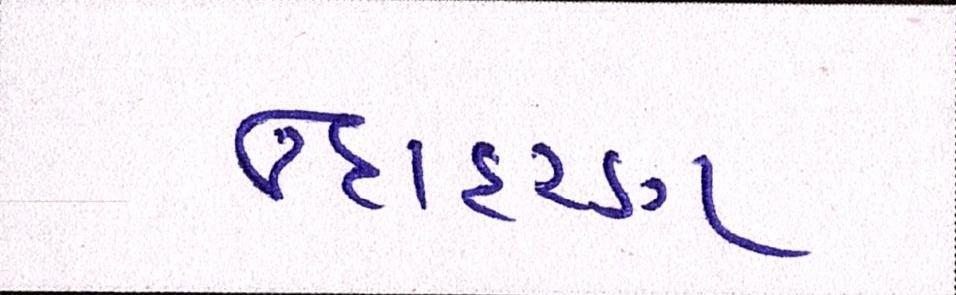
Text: ઉદાહરણ